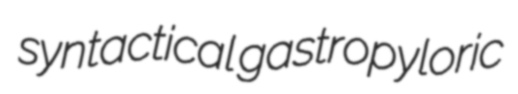
syntactical gastropyloric